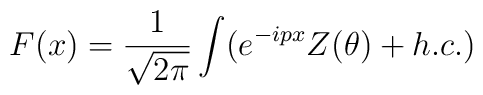
F(x)=\frac{1}{\sqrt{2\pi }}\int (e^{-ipx}Z(\theta )+h.c.)